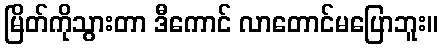
မြိတ်ကိုသွားတာ ဒီကောင် လာတောင်မပြောဘူး။